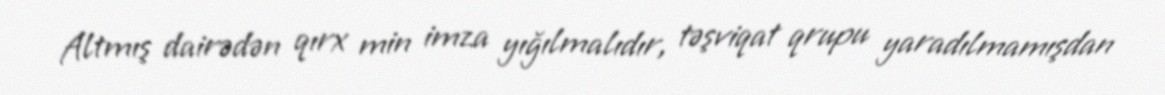
Altmış dairədən qırx min imza yığılmalıdır, təşviqat qrupu yaradılmamışdan